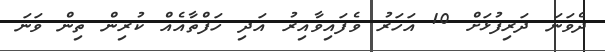
ދެވަނަ ދަރިފުޅަށް 10 އަހަރު ވެފައިވާއިރު އަދި ހަފްތާއެއް ކުރިން ތިން ވަނަ